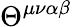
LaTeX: \Theta^{\mu\nu\alpha\beta}